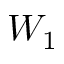
W _ { 1 }